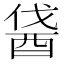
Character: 𨠰